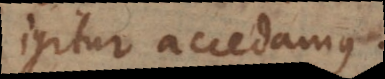
igitur accedamus.